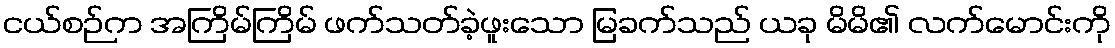
ငယ်စဉ်က အကြိမ်ကြိမ် ဖက်သတ်ခဲ့ဖူးသော မြခက်သည် ယခု မိမိ၏ လက်မောင်းကို